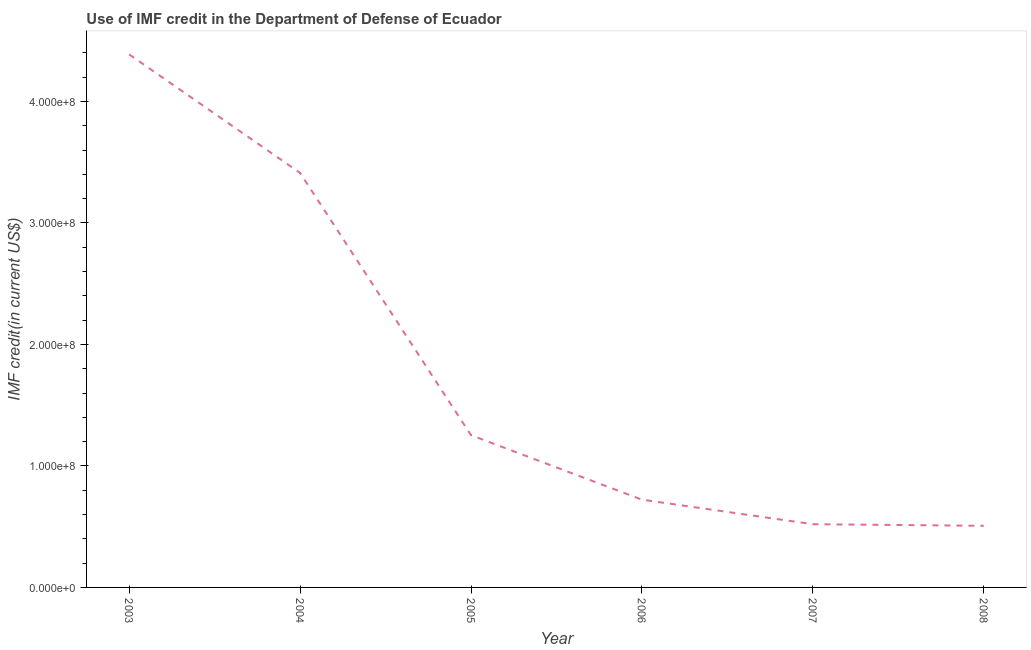
| Year | Use of IMF credit (DOD |
 | --- | --- |
 | 2003 | 4.39e+08 |
 | 2004 | 3.41e+08 |
 | 2005 | 1.25e+08 |
 | 2006 | 7.23e+07 |
 | 2007 | 5.2e+07 |
 | 2008 | 5.07e+07 |